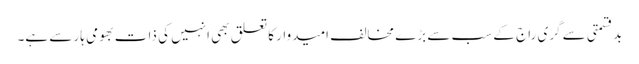
بدقسمتی سے گری راج کے سب سے بڑے مخالف امیدوار کا تعلق بھی انہیں کی ذات بھومی ہار سے ہے۔